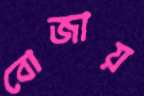
বোজায়